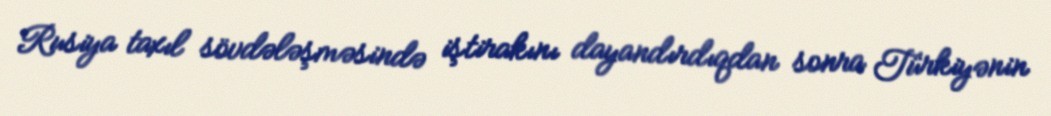
Rusiya taxıl sövdələşməsində iştirakını dayandırdıqdan sonra Türkiyənin